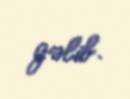
gəlib.